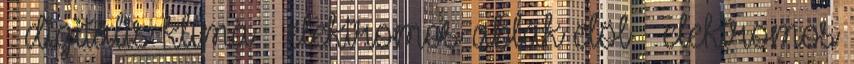
– digitális klíma – elektromos ablak elöl – elektromos